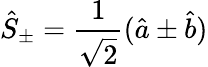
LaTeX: \hat{S}_{\pm}=\frac{1}{\sqrt{2}}(\hat{a}\pm\hat{b})